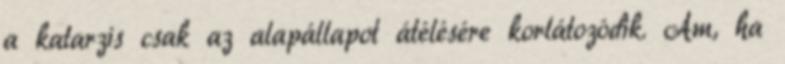
a katarzis csak az alapállapot átélésére korlátozódik. Ám, ha